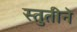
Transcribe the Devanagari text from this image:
स्तुतीने